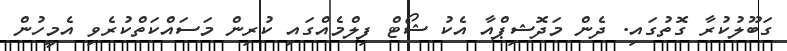
ގަބޫލުކުރާ ގޮތުގައި. ދެން މަދޮޝިޕްއާ އެކު ޝޯޓް ފިލްމެއްގައި ކުރިން މަސައްކަތްކުރެވި އެމީހުން